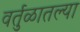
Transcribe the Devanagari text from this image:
वर्तुळातल्या